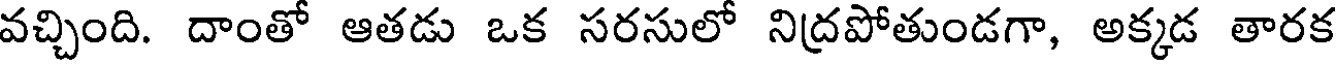
వచ్చింది. దాంతో ఆతడు ఒక సరసులో నిద్రపోతుండగా, అక్కడ తారక